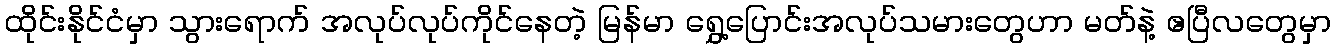
ထိုင်းနိုင်ငံမှာ သွားရောက် အလုပ်လုပ်ကိုင်နေတဲ့ မြန်မာ ရွှေ့ပြောင်းအလုပ်သမားတွေဟာ မတ်နဲ့ ဧပြီလတွေမှာ